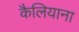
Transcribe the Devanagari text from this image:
कैलियाना